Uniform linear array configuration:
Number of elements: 24
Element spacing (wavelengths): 0.75
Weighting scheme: hamming
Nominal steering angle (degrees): -45
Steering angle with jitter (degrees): -45.546
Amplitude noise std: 0.05
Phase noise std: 0.05

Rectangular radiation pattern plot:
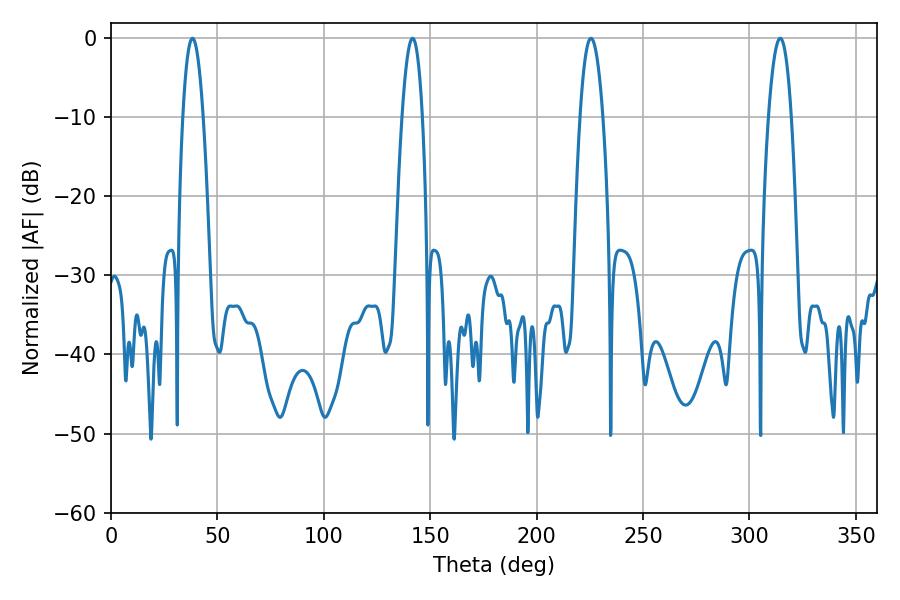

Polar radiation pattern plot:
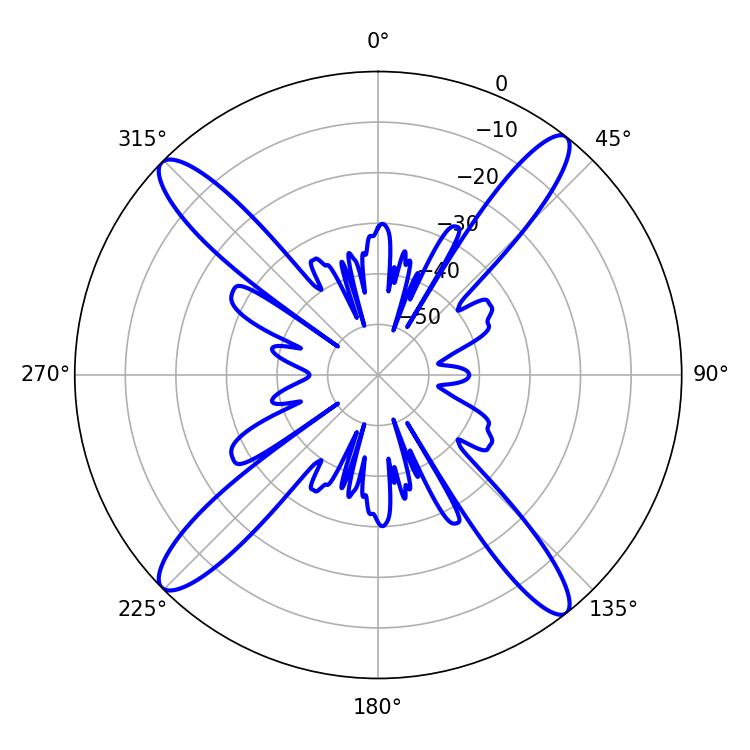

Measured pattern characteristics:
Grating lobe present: TRUE
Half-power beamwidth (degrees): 5.94
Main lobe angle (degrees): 225.54